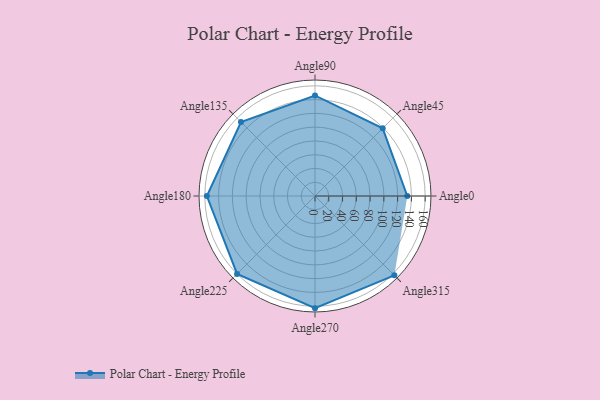
{"axis": {"x": "Angle", "y": "Radius"}, "legend": [""], "data": [{"x": "Angle0", "y": 134.0, "type": ""}, {"x": "Angle45", "y": 139.0, "type": ""}, {"x": "Angle90", "y": 146.0, "type": ""}, {"x": "Angle135", "y": 152.0, "type": ""}, {"x": "Angle180", "y": 157.0, "type": ""}, {"x": "Angle225", "y": 160.0, "type": ""}, {"x": "Angle270", "y": 163.0, "type": ""}, {"x": "Angle315", "y": 163.0, "type": ""}]}